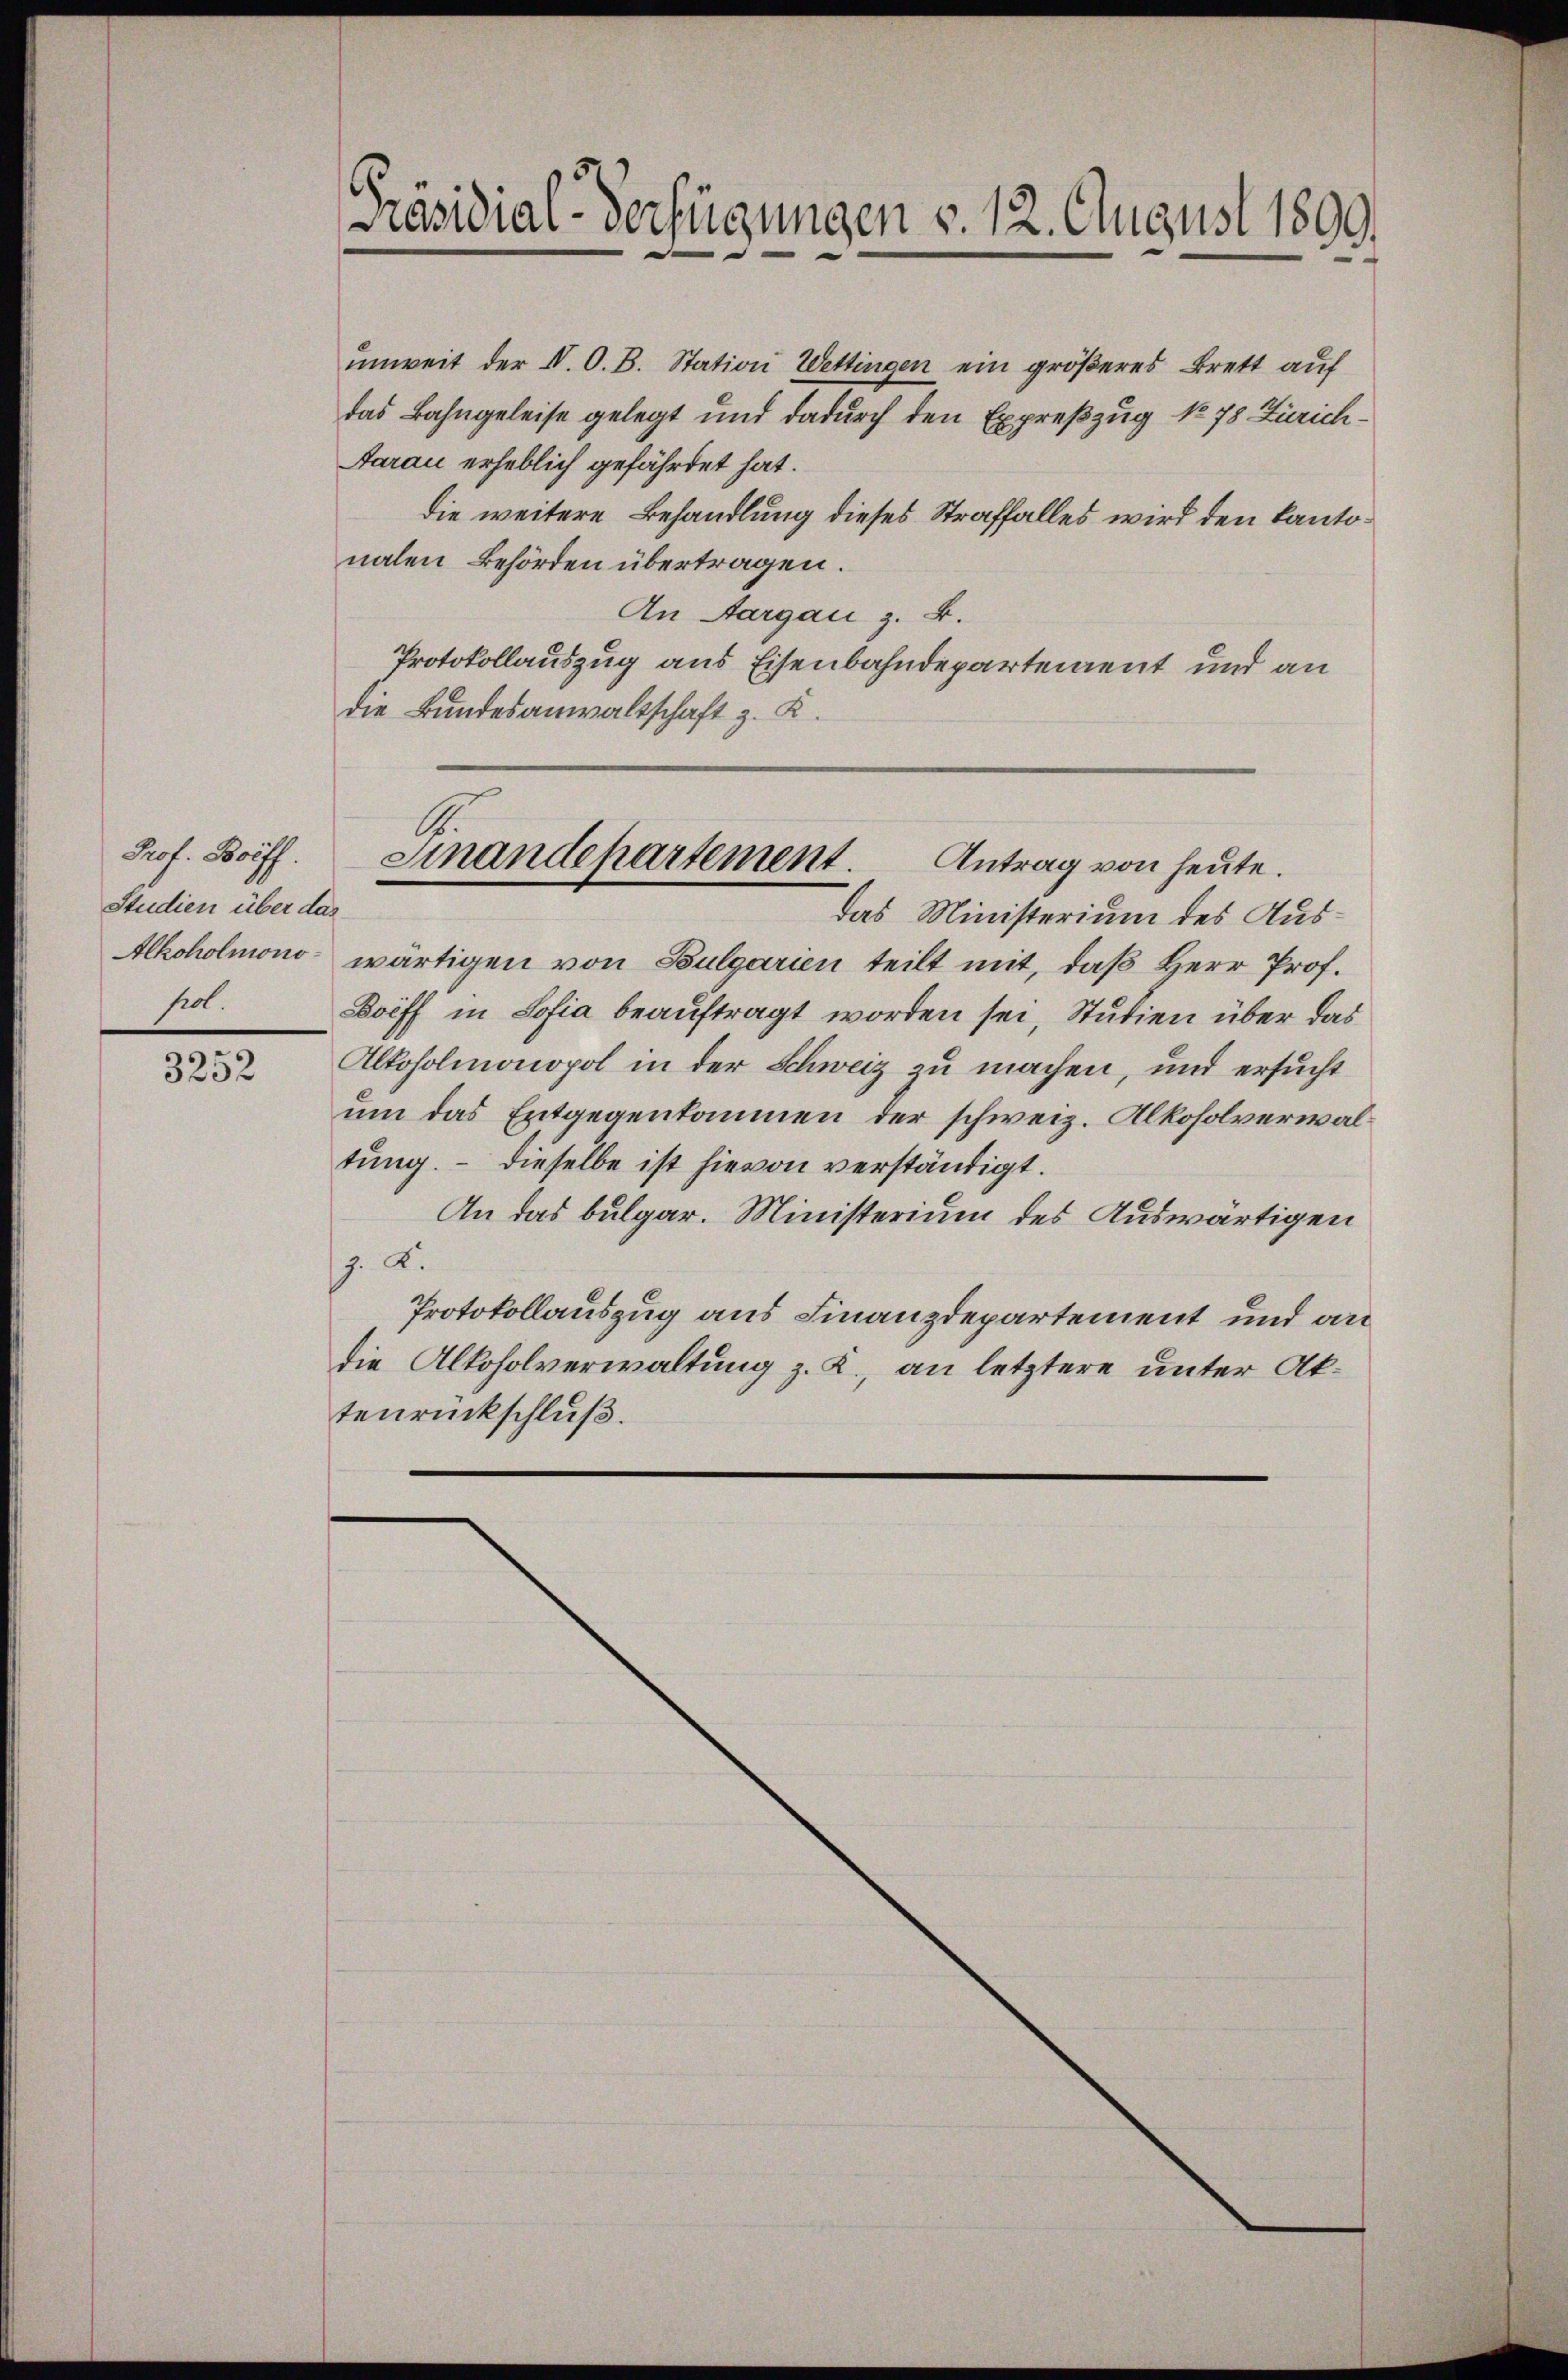
Prof. Briff.
Studien über das
Alkoholmono
prot.

3252

Präsidial-Verfügungen v. 12. August 1899.

unweit der IV. O. B. Station Wettingen ein größeres Brett auf
das Bahngeleise gelegt und dadurch den Expreßzug No 78 Zürich¬
Aarau erheblich gefährdet hat.
die weitere Behandlung dieses Straffalles wird den Kantonalen Behörden übertragen.
An Aargau z. B.
Protokollauszug aus Eisenbahndepartement und an
die Bundesanwaltschaft z. K.

Finandepartement.
Antrag von heute.

Das Ministerium des Auswärtigen von Bulgarien teilt mit, daß Herr Prof.
Boiff in Sofia beauftragt worden sei, Studien über das
Alkoholmonopol in der Schweiz zu machen, und ersucht
um das Entgegenkommen der schweiz. Alkoholverwaltŭng. - Dieselbe ist hievon verständigt.
An das bulgar. Ministerium des Auswärtigen
J. K.
Protokollauszug aus Finanzdepartement und andie Alkoholverwaltung z. K., an letztere unter Aktenrückschluß.